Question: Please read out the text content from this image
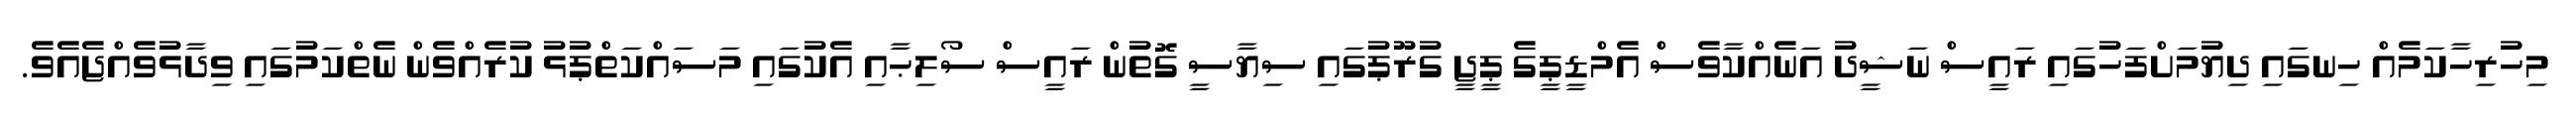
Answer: މިހުރިހާކަމެއް ހިނގައި ދިޔުމަށްފަހުގައި ރައީސް ނަޝީދު އަނެއްކާވެސް އެމްޑީޕީގެ ޕީޖީ ގުރޫޕުގައި ސިޔާސީ ގޮތުން ރައީސް ސޯލިޙާއި އެކުގައި މަސައްކަތްޕުޅު ކުރެއްވެން ނެތްކަމުގައި ވިދާޅުވެއްޖެއެވެ.